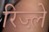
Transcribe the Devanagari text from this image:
रिज्ल़े